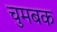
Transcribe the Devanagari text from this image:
चुमबक